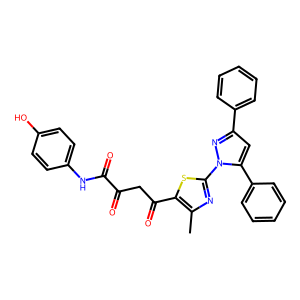
SMILES: Cc1nc(-n2nc(-c3ccccc3)cc2-c2ccccc2)sc1C(=O)CC(=O)C(=O)Nc1ccc(O)cc1
Inhibits HIV replication: No